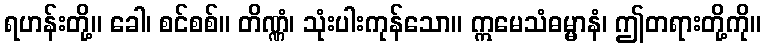
ရဟန်းတို့။ ခေါ၊ စင်စစ်။ တိဏ္ဏံ၊ သုံးပါးကုန်သော။ ဣမေသံဓမ္မာနံ၊ ဤတရားတို့ကို။